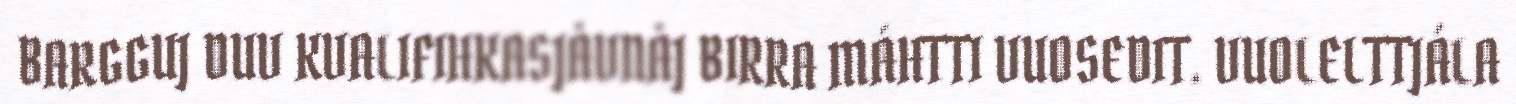
BARGGUJ DUV KVALIFIHKASJÅVNÅJ BIRRA MÁHTTI VUOSEDIT. VUOLELTTJÁLA